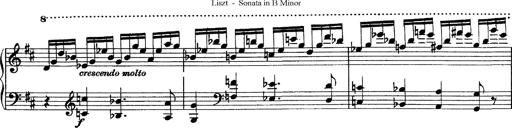
Title: Piano Sonata
Composer: Karl HÃ¤ssler
Key: C major